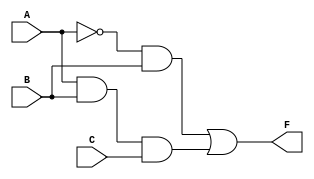
module lab_002_partb (
  input A,
  input B,
  input C,
  output F
);

  /* put your variable declarations here */
  
  wire aNotB, abc, notA;
  not U1 (notA, A);
  and U2 (aNotB, notA,B);
  and U3 (abc, A,B,C);
  or U4 (F, aNotB, abc);

  /* put your gate instances here */

endmodule